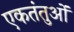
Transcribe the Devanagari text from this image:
एकतंतुओं